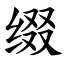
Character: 缀